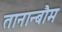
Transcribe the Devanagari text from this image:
तानान्बौम